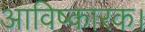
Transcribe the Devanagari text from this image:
आविष्कारक।